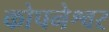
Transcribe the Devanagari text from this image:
कोपनेश्वर